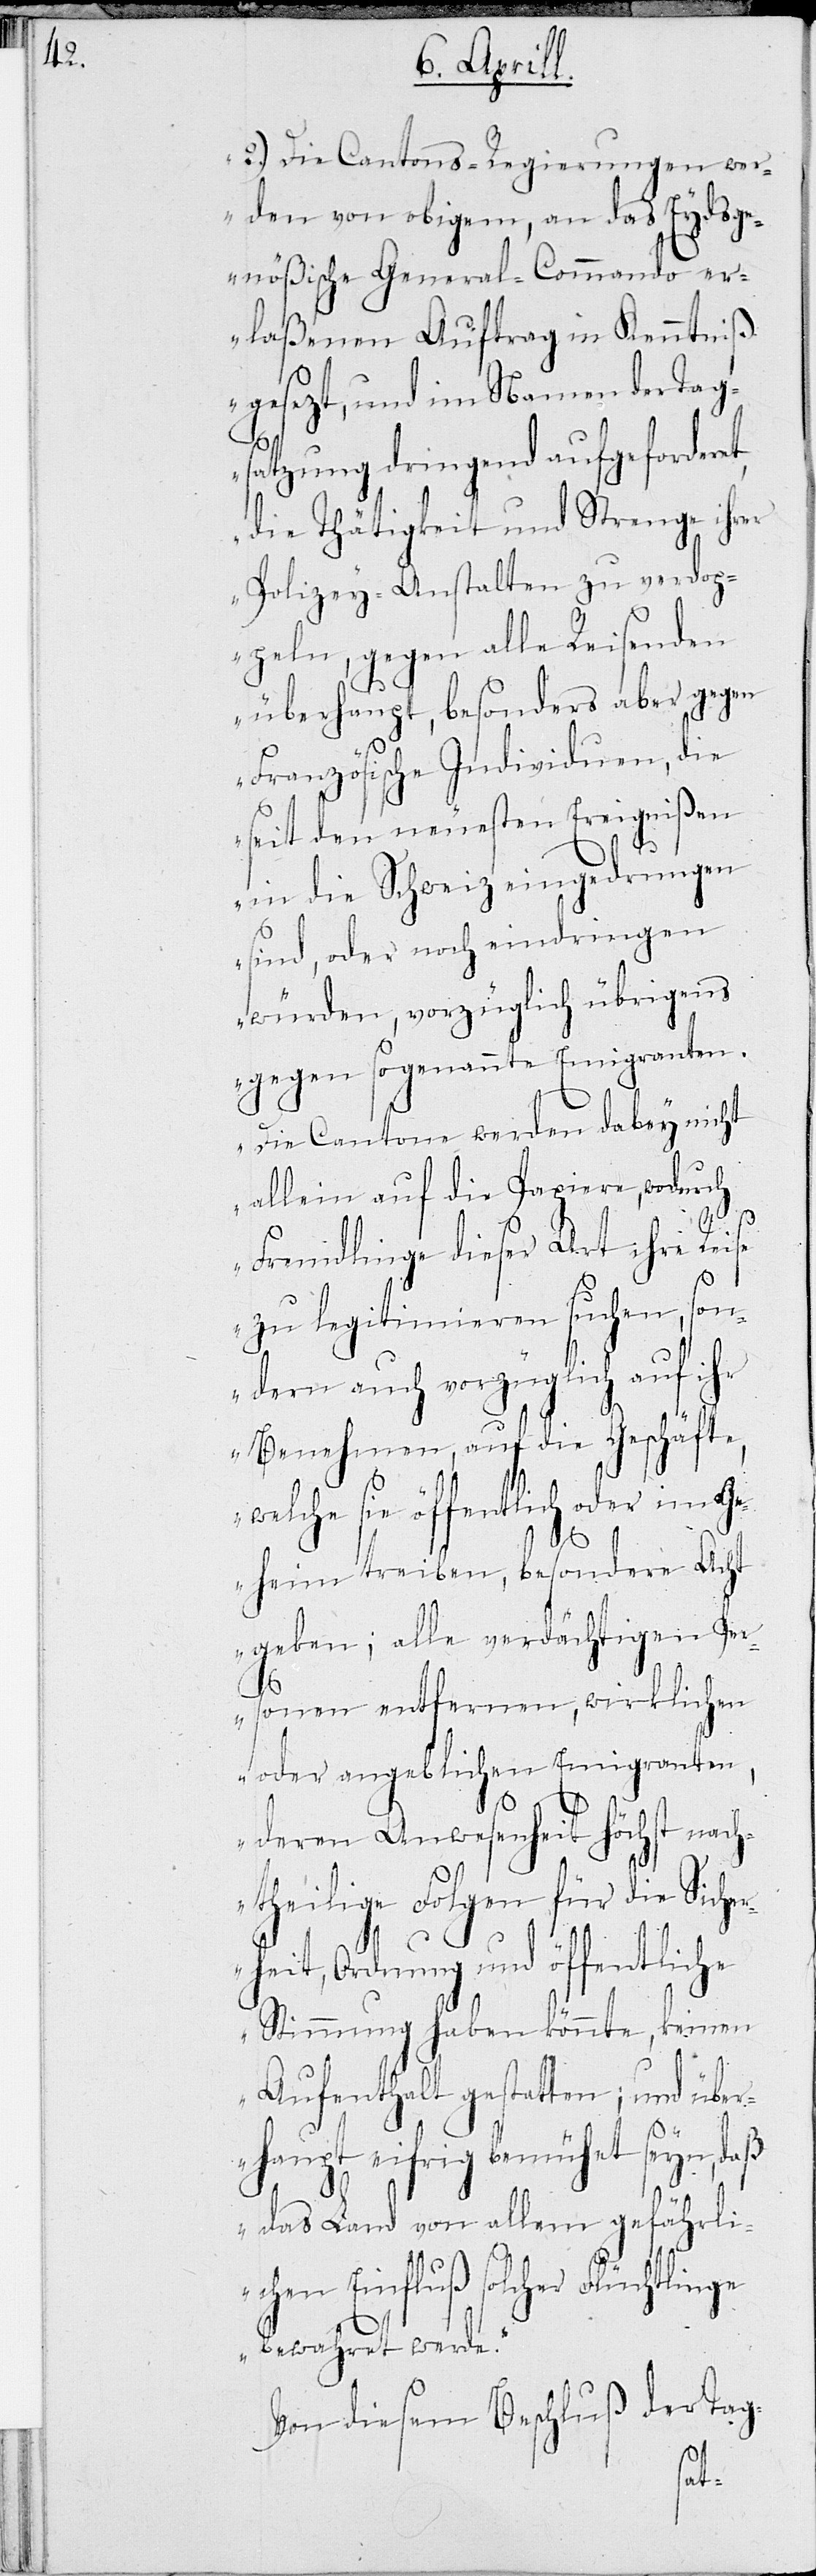
2.) Die Cantons-Regierungen we¬
rden von obigem, an das Eydsge¬
nößische General-Commando er¬
laßenen Auftrag in Kenntniß
gesezt, und im Namen der Tag¬
satzung dringend aufgeforderet,
die Thätigkeiten und Strenge ihrer
Polizey-Anstalten zu verdop¬
peln, gegen alle Reisenden
überhaupt, besonders aber gegen
Französische Individuen, die
seit den neuesten Ereignißen
in die Schweiz eingedrungen
sind, oder noch eindringen
würden, vorzüglich übrigens
gegen sogenannte Emigranten.
Die Cantone werden dabey nicht
allein auf die Papiere, wodurch
Fremdlinge dieser Art ihre Reise
zu legitimieren suchen, son¬
dern auch vorzüglich auf ihr
Benehmen, auf die Geschäfte,
welche sie öffentlich oder im Ge¬
heim treiben, besondere Acht
geben; alle verdächtigen Pe¬
rsonen entfernen; wirklichen
oder angeblichen Emigranten,
tlinge
deren Anwesenheit höchst nach¬
theilige Folgen für die Sicher¬
heit, Ordnung und öffentliche
Stimmung haben könnte, keinen
Aufenthalt gestatten; und über¬
haupt eifrig bemüht seyn, daß
das Land von allem gefährli¬
chen Einfluß solcher Flüch¬
bewahrt werde.“
Von diesem Beschluß der Tag-